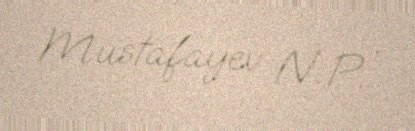
Mustafayev N. P. .